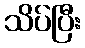
သိပ်ပြီး